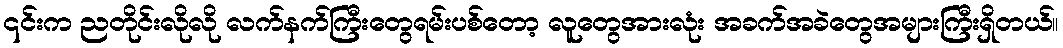
၎င်းက ညတိုင်းလိုလို လက်နက်ကြီးတွေရမ်းပစ်တော့ လူတွေအားလုံး အခက်အခဲတွေအများကြီးရှိတယ်။